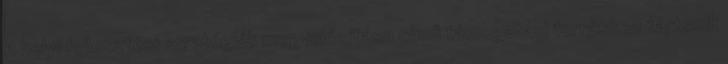
A helyi fejlesztési stratégiák megvalósítása című támogatási forráshoz tartozik